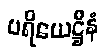
ပရိယေဋ္ဌီနံ